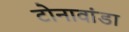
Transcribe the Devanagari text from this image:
टोनावांडा